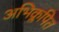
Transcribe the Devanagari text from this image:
अभिक्लपित